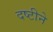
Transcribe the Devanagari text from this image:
दष्टीने